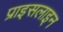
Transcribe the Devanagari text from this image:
प्राइसलाइन